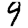
Digit: 9